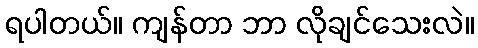
ရပါတယ်။ ကျန်တာ ဘာ လိုချင်သေးလဲ။